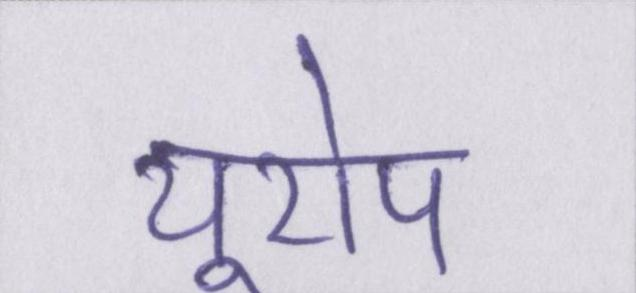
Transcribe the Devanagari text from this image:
यूरोप